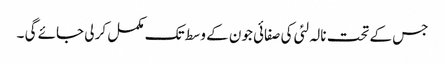
جس کے تحت نالہ لئی کی صفائی جون کے وسط تک مکمل کر لی جائے گی ۔